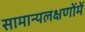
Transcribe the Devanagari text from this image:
सामान्यलक्षणोंमें